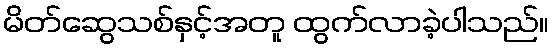
မိတ်ဆွေသစ်နှင့်အတူ ထွက်လာခဲ့ပါသည်။